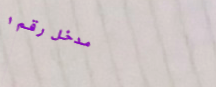
مدخل رقم ١